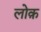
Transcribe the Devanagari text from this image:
लोक़